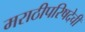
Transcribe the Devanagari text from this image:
मराठीपरिषदेची